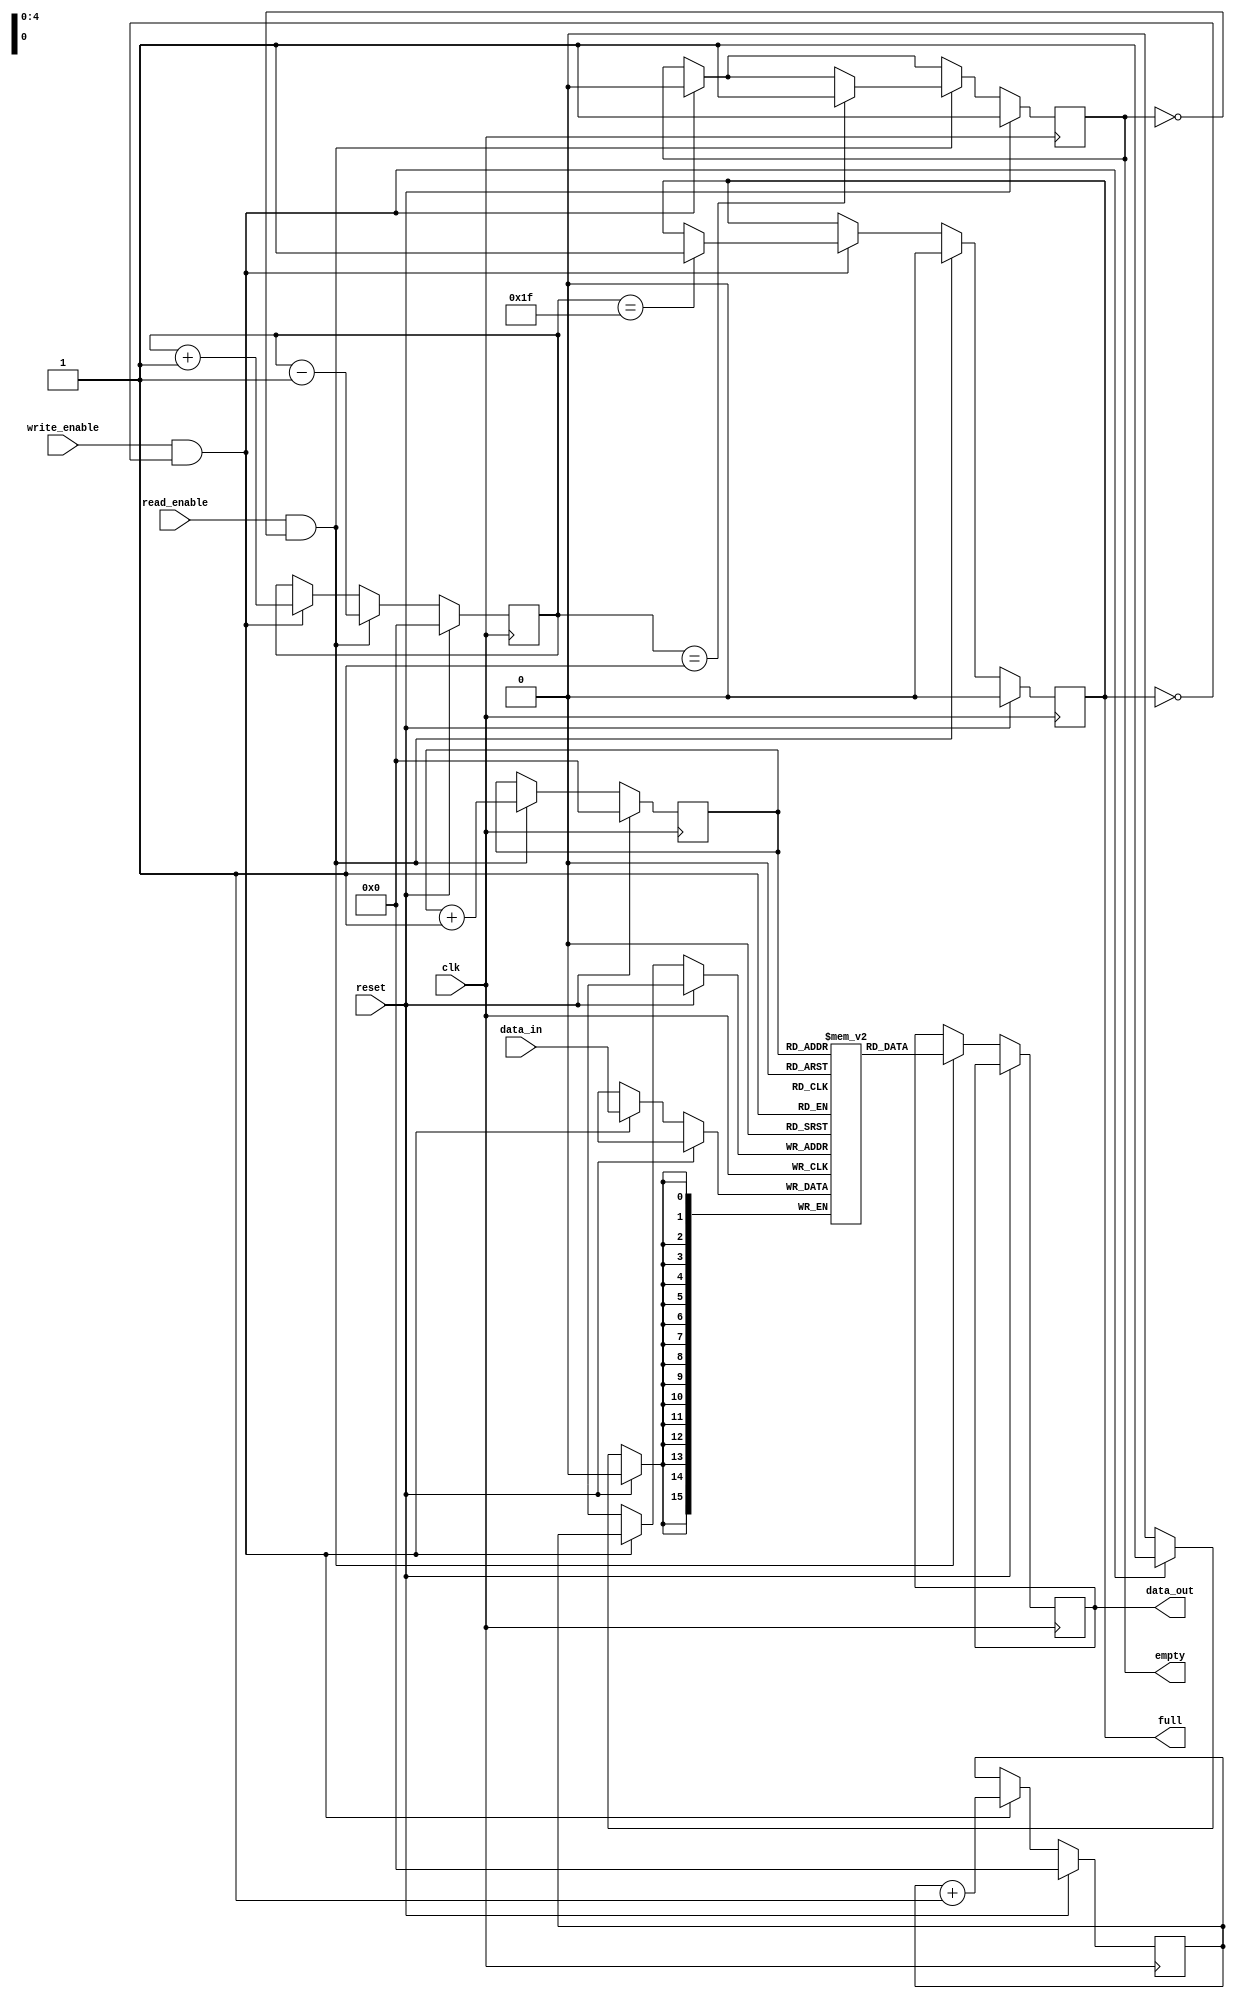
`timescale 1ns / 1ps
//////////////////////////////////////////////////////////////////////////////////
// Company: 
// Engineer: 
// 
// Design Name: 
// Module Name:    FIFO 
// Project Name: 
// Target Devices: 
// Tool versions: 
// Description: 
//
// Dependencies: 
//
// Revision: 
// Revision 0.01 - File Created
// Additional Comments: 
//
//////////////////////////////////////////////////////////////////////////////////
module FIFO (
  input wire clk,
  input wire reset,
  input wire write_enable,
  input wire read_enable,
  input wire [15:0] data_in,
  output reg [15:0] data_out,
  output reg empty = 1'b1,
  output reg full = 1'b0
);

  reg [15:0] memory [31:0];
  reg [4:0] write_ptr = 5'b0; // Initial value of write_ptr is 0
  reg [4:0] read_ptr = 5'b0; // Initial value of read_ptr is 0
  reg [4:0] count = 5'b0; // Initial value of count is 0
  
  always @(posedge clk) begin
    if (reset) begin
      write_ptr <= 5'b0;
      read_ptr <= 5'b0;
      count <= 5'b0;
      empty <= 1'b1;
      full <= 1'b0;
    end else begin
      if (write_enable && ~full) begin
        memory[write_ptr] <= data_in;
        write_ptr <= write_ptr + 1;
        count <= count + 1;
        empty <= 1'b0;
        if (count == 31)
          full <= 1'b1;
			 end
      if (read_enable && ~empty) begin
        data_out <= memory[read_ptr];
        read_ptr <= read_ptr + 1;
        count <= count - 1;
        full <= 1'b0;
        if (count == 1)
          empty <= 1'b1;
      end
    end
  end

endmodule